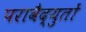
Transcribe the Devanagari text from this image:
परावैद्युतों